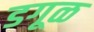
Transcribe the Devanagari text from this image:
डगूळ